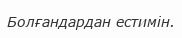
Болғандардан естимін.